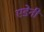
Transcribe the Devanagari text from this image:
एडेनी